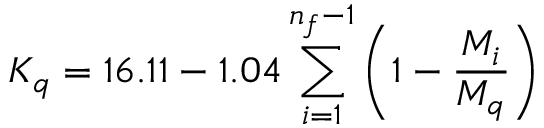
K _ { q } = 1 6 . 1 1 - 1 . 0 4 \sum _ { i = 1 } ^ { n _ { f } - 1 } \left( 1 - \frac { M _ { i } } { M _ { q } } \right)